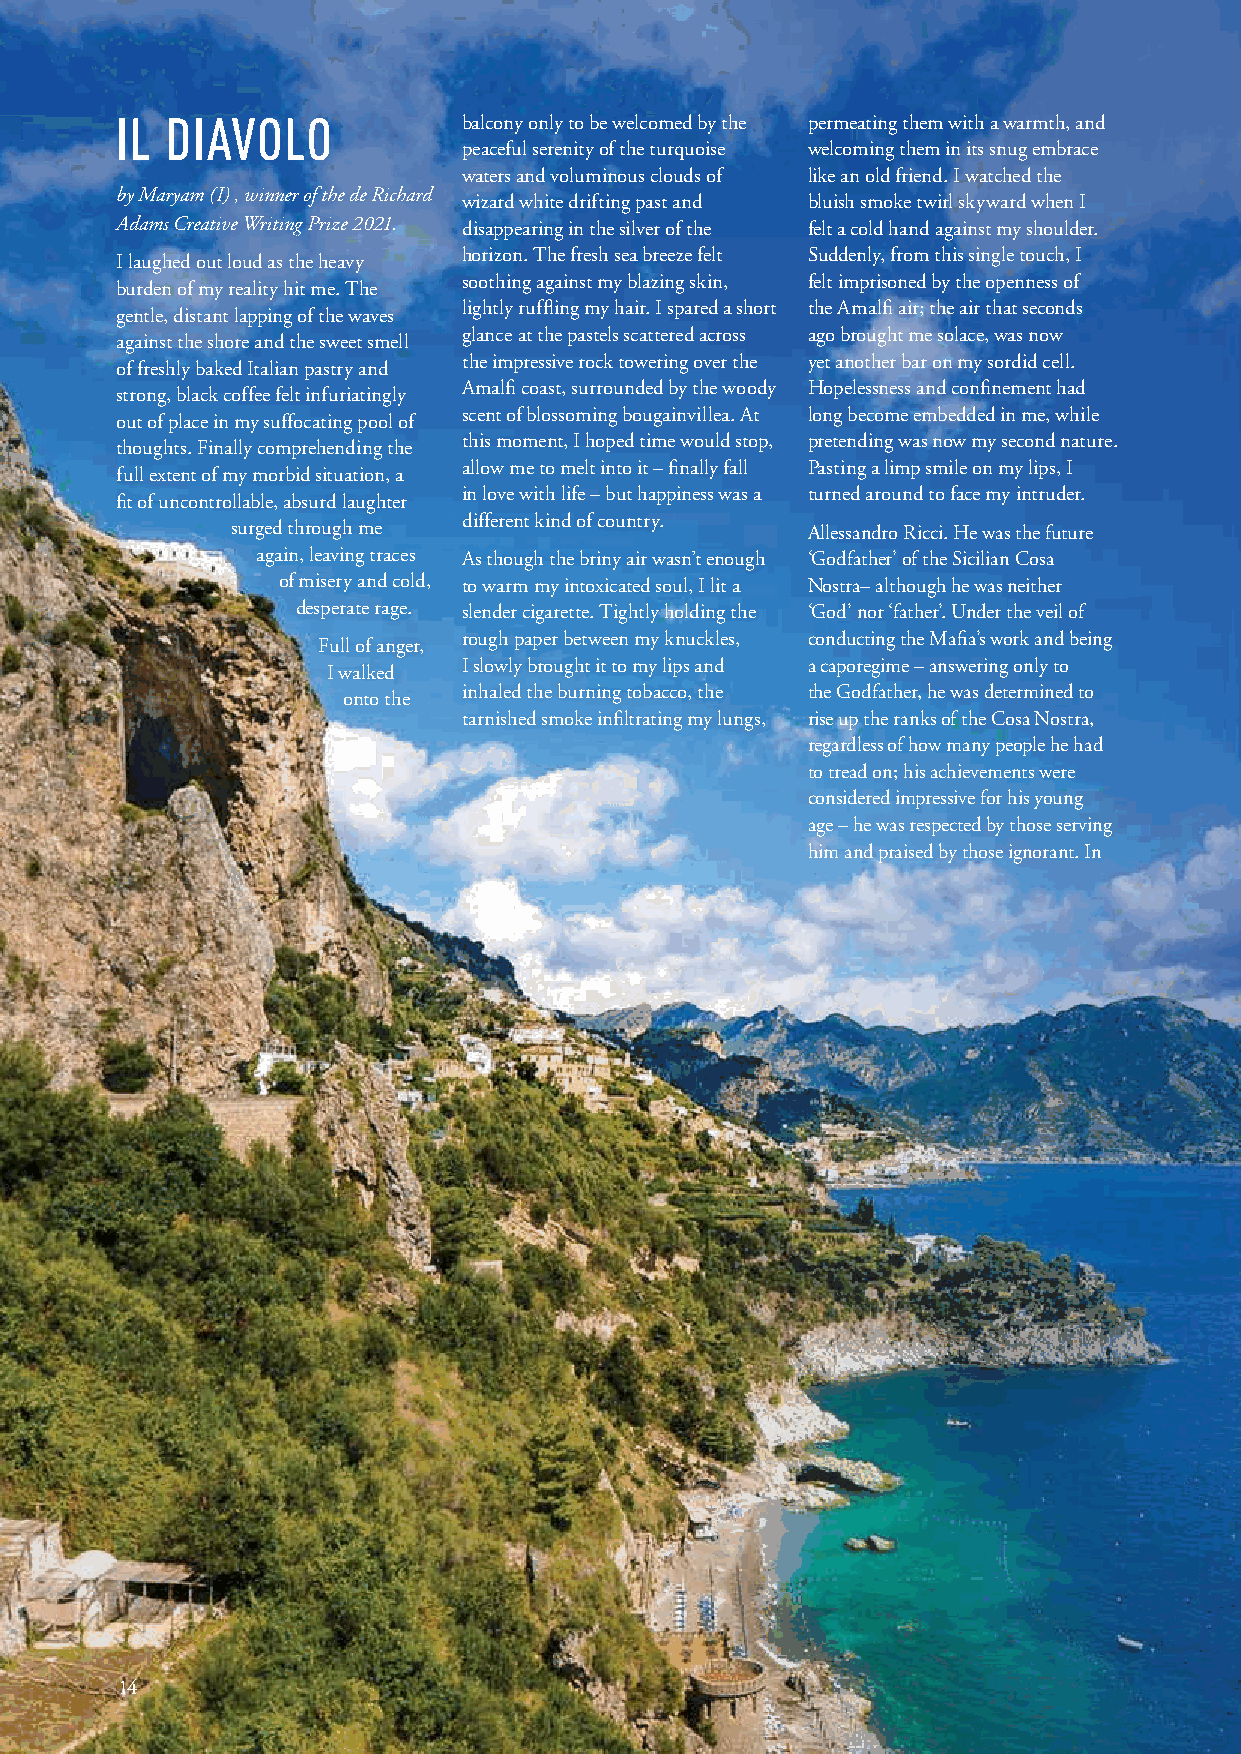
IL DIAVOLO             balcony only to be welcomed by the permeating them with a warmth, and
 peaceful serenity of the turquoise welcoming them in its snug embrace
 waters and voluminous clouds of like an old friend. I watched the
 by Maryam (I) , winner of the de Richard
 wizard white drifting past and bluish smoke twirl skyward when I
 Adams Creative Writing Prize 2021. disappearing in the silver of the felt a cold hand against my shoulder.
 horizon. The fresh sea breeze felt Suddenly, from this single touch, I
 I laughed out loud as the heavy
 soothing against my blazing skin, felt imprisoned by the openness of
 burden of my reality hit me. The
 lightly ruffling my hair. I spared a short the Amalfi air; the air that seconds
 gentle, distant lapping of the waves
 glance at the pastels scattered across ago brought me solace, was now
 against the shore and the sweet smell
 the impressive rock towering over the yet another bar on my sordid cell.
 of freshly baked Italian pastry and
 Amalfi coast, surrounded by the woody Hopelessness and confinement had
 strong, black coffee felt infuriatingly
 scent of blossoming bougainvillea. At long become embedded in me, while
 out of place in my suffocating pool of
 this moment, I hoped time would stop, pretending was now my second nature.
 thoughts. Finally comprehending the
 allow me to melt into it – finally fall Pasting a limp smile on my lips, I
 full extent of my morbid situation, a
 in love with life – but happiness was a turned around to face my intruder.
 fit of uncontrollable, absurd laughter
 different kind of country.
 surged through me                     Allessandro Ricci. He was the future
 again, leaving traces As though the briny air wasn’t enough ‘Godfather’ of the Sicilian Cosa
 of misery and cold, to warm my intoxicated soul, I lit a Nostra– although he was neither
 desperate rage. slender cigarette. Tightly holding the ‘God’ nor ‘father’. Under the veil of
 rough paper between my knuckles, conducting the Mafia’s work and being
 Full of anger,
 I slowly brought it to my lips and a caporegime – answering only to
 I walked
 inhaled the burning tobacco, the the Godfather, he was determined to
 onto the
 tarnished smoke infiltrating my lungs, rise up the ranks of the Cosa Nostra,
 regardless of how many people he had
 to tread on; his achievements were
 considered impressive for his young
 age – he was respected by those serving
 him and praised by those ignorant. In
 14